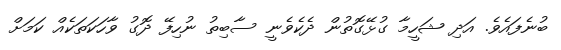
ބުނެފައެވެ. އަދި ޝަހީމާ ގުޅޭގޮތުން ދެކެވެނީ ސާބިތު ނުހިފޭ ދޮގު ވާހަކަތަކެއް ކަމަށް